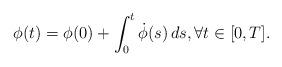
LaTeX: \begin{align*}\phi(t) = \phi(0) + \int_0^t \dot\phi(s) \, ds, \forall t\in[0,T]. \end{align*}